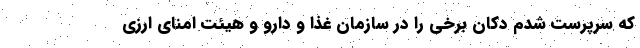
که سرپرست شدم دکان برخی را در سازمان غذا و دارو و هیئت امنای ارزی